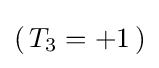
(\,T_{3}=+1\,)